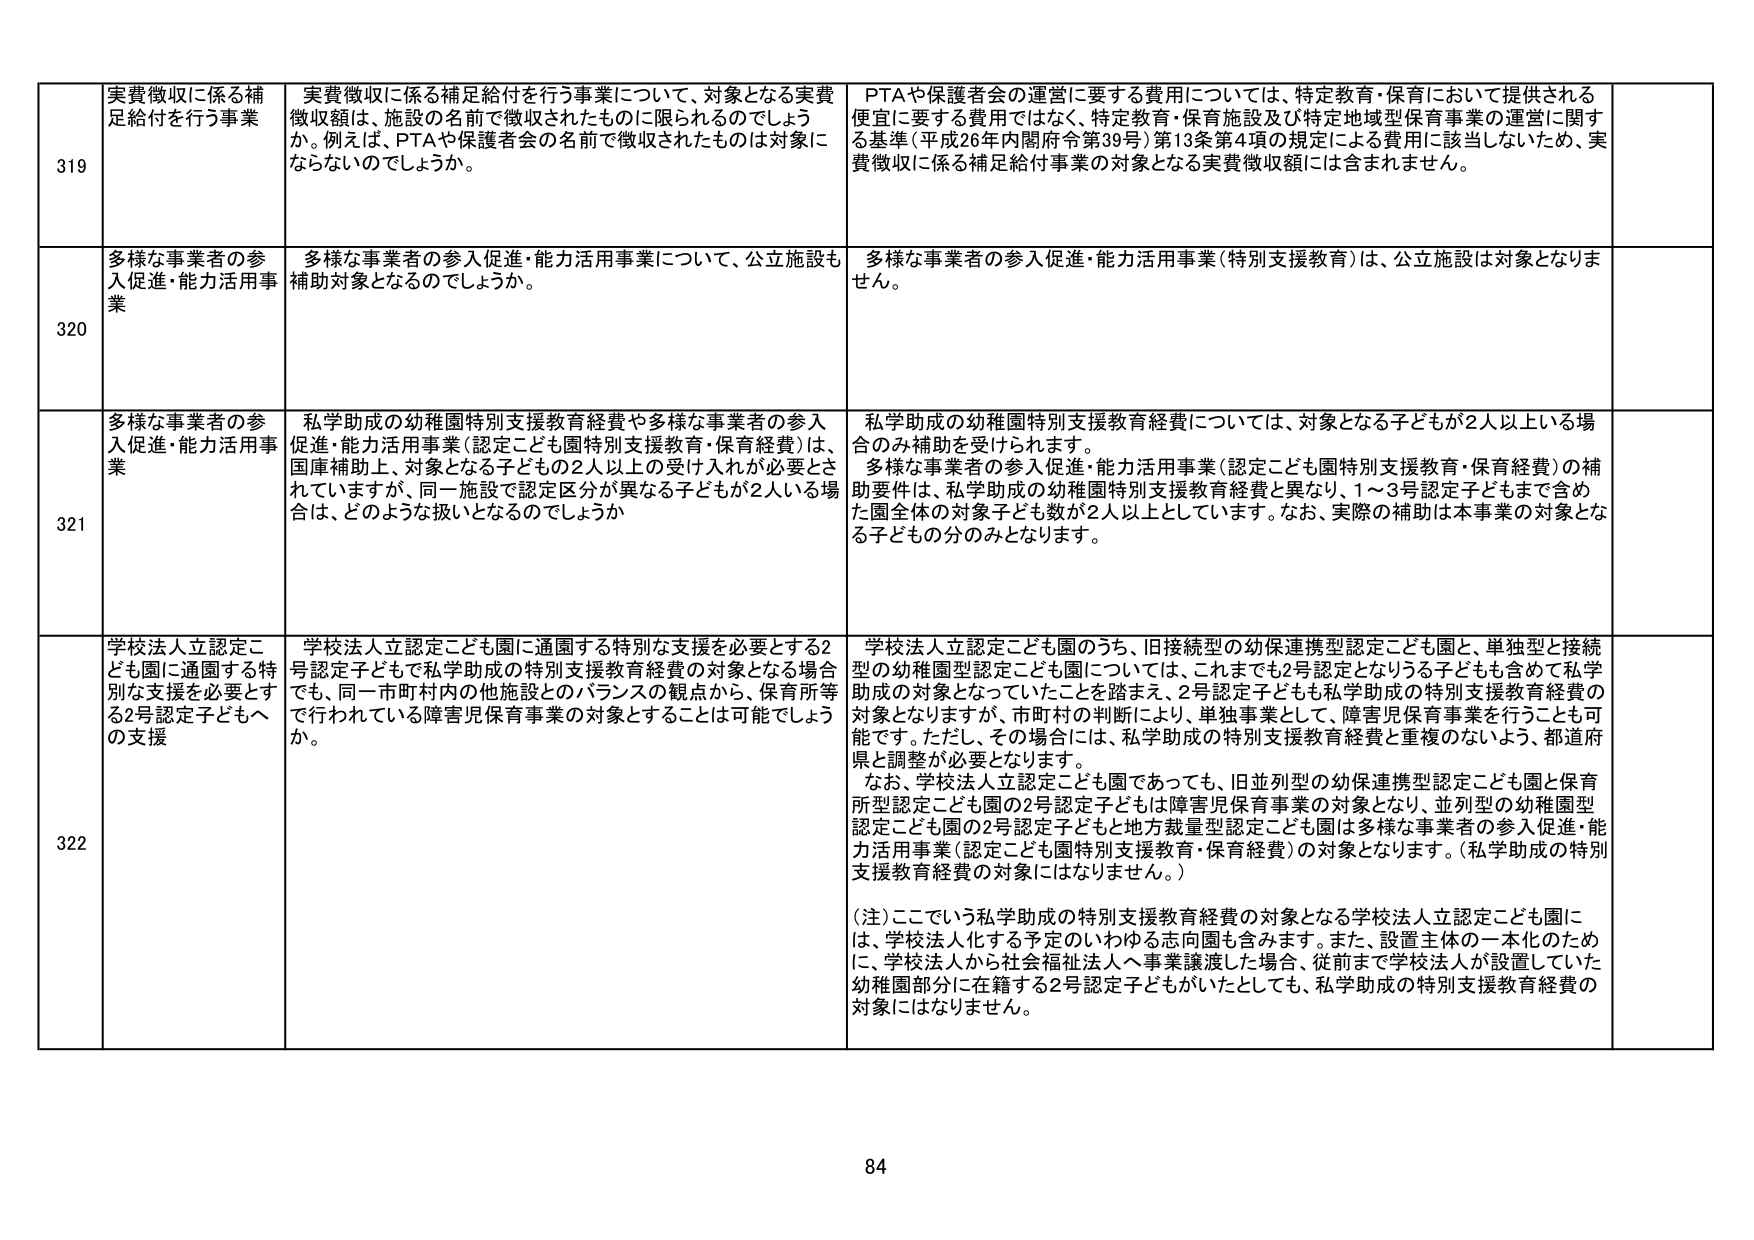
319 実費徴収に係る補足給付を行う事業
実費徴収に係る補足給付を行う事業について、対象となる実費徴収額は、施設の名前で徴収されたものに限られるのでしょうか。例えば、PTAや保護者会の名前で徴収されたものは対象にならないのでしょうか。
PTAや保護者会の運営に要する費用については、特定教育・保育において提供される便宜に要する費用ではなく、特定教育・保育施設及び特定地域型保育事業の運営に関する基準（平成26年内閣府令第39号）第13条第4項の規定による費用に該当しないため、実費徴収に係る補足給付事業の対象となる実費徴収額には含まれません。

320 多様な事業者の参入促進・能力活用事業
多様な事業者の参入促進・能力活用事業について、公立施設も補助対象となるのでしょうか。
多様な事業者の参入促進・能力活用事業（特別支援教育）は、公立施設は対象となりません。

321 多様な事業者の参入促進・能力活用事業
私学助成の幼稚園特別支援教育経費や多様な事業者の参入促進・能力活用事業（認定こども園特別支援教育・保育経費）は、国庫補助上、対象となる子どもの2人以上の受け入れが必要とされていますが、同一施設で認定区分が異なる子どもが2人いる場合は、どのような扱いとなるのでしょうか
私学助成の幼稚園特別支援教育経費については、対象となる子どもが2人以上いる場合のみ補助を受けられます。
多様な事業者の参入促進・能力活用事業（認定こども園特別支援教育・保育経費）の補助要件は、私学助成の幼稚園特別支援教育経費と異なり、1～3号認定子どもまで含めた園全体の対象子ども数が2人以上としています。なお、実際の補助は本事業の対象となる子どもの分のみとなります。

322 学校法人立認定こども園に通園する特別な支援を必要とする2号認定子どもへの支援
学校法人立認定こども園に通園する特別な支援を必要とする2号認定子どもで私学助成の特別支援教育経費の対象となる場合でも、同一市町村内の他施設とのバランスの観点から、保育所等で行われている障害児保育事業の対象とすることは可能でしょうか。
学校法人立認定こども園のうち、旧接続型の幼保連携型認定こども園と、単独型と接続型の幼稚園型認定こども園については、これまでも2号認定となりうる子どもも含めて私学助成の対象となっていたことを踏まえ、2号認定子どもも私学助成の特別支援教育経費の対象となりますが、市町村の判断により、単独事業として、障害児保育事業を行うことも可能です。ただし、その場合には、私学助成の特別支援教育経費と重複のないよう、都道府県と調整が必要となります。
なお、学校法人立認定こども園であっても、旧並列型の幼保連携型認定こども園と保育所型認定こども園の2号認定子どもは障害児保育事業の対象となり、並列型の幼稚園型認定こども園の2号認定子どもと地方裁量型認定こども園は多様な事業者の参入促進・能力活用事業（認定こども園特別支援教育・保育経費）の対象となります。（私学助成の特別支援教育経費の対象にはなりません。）
（注）ここでいう私学助成の特別支援教育経費の対象となる学校法人立認定こども園には、学校法人化する予定のいわゆる志向園も含みます。また、設置主体の一本化のために、学校法人から社会福祉法人へ事業譲渡した場合、従前まで学校法人が設置していた幼稚園部分に在籍する2号認定子どもがいたとしても、私学助成の特別支援教育経費の対象にはなりません。

84